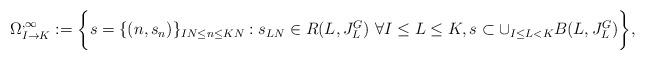
LaTeX: \begin{align*} \Omega^{,\infty}_{I\to K} := \bigg\{ s = \{(n,s_n)\}_{IN\leq n \leq KN}: s_{LN} \in R(L,J_L^G)\ \forall I\leq L\leq K, s \subset \cup_{I\leq L<K} B(L,J_L^G) \bigg\},\end{align*}